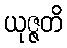
ယုဇ္ဇတိ